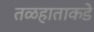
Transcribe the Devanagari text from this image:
तळहाताकडे